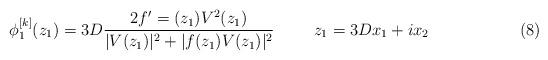
LaTeX: \begin{align*}\phi_1^{[k]}(z_1)=3D\frac{2 f'= (z_1)V^2(z_1)}{|V(z_1)|^2+|f(z_1)V(z_1)|^2}\hspace{1cm}z_1=3Dx_1+ix_2 \hspace{2.3cm} (8)\end{align*}